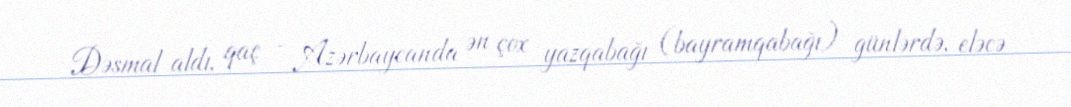
Dəsmal aldı, qaç - Azərbaycanda ən çox yazqabağı (bayramqabağı) günlərdə, eləcə